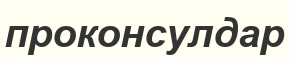
проконсулдар